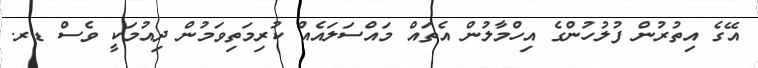
އޭގެ އިތުރުން ފުލުހުންގެ އިހްމާލުން އެތައް މައްސަލައެއް ކުރިމަތިވަމުން ދިއުމަކީ ވެސް ޑރ.